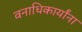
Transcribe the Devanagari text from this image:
वनाधिकार्यांना